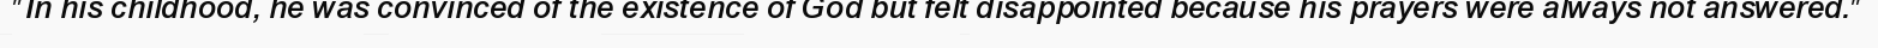
"In his childhood, he was convinced of the existence of God but felt disappointed because his prayers were always not answered."